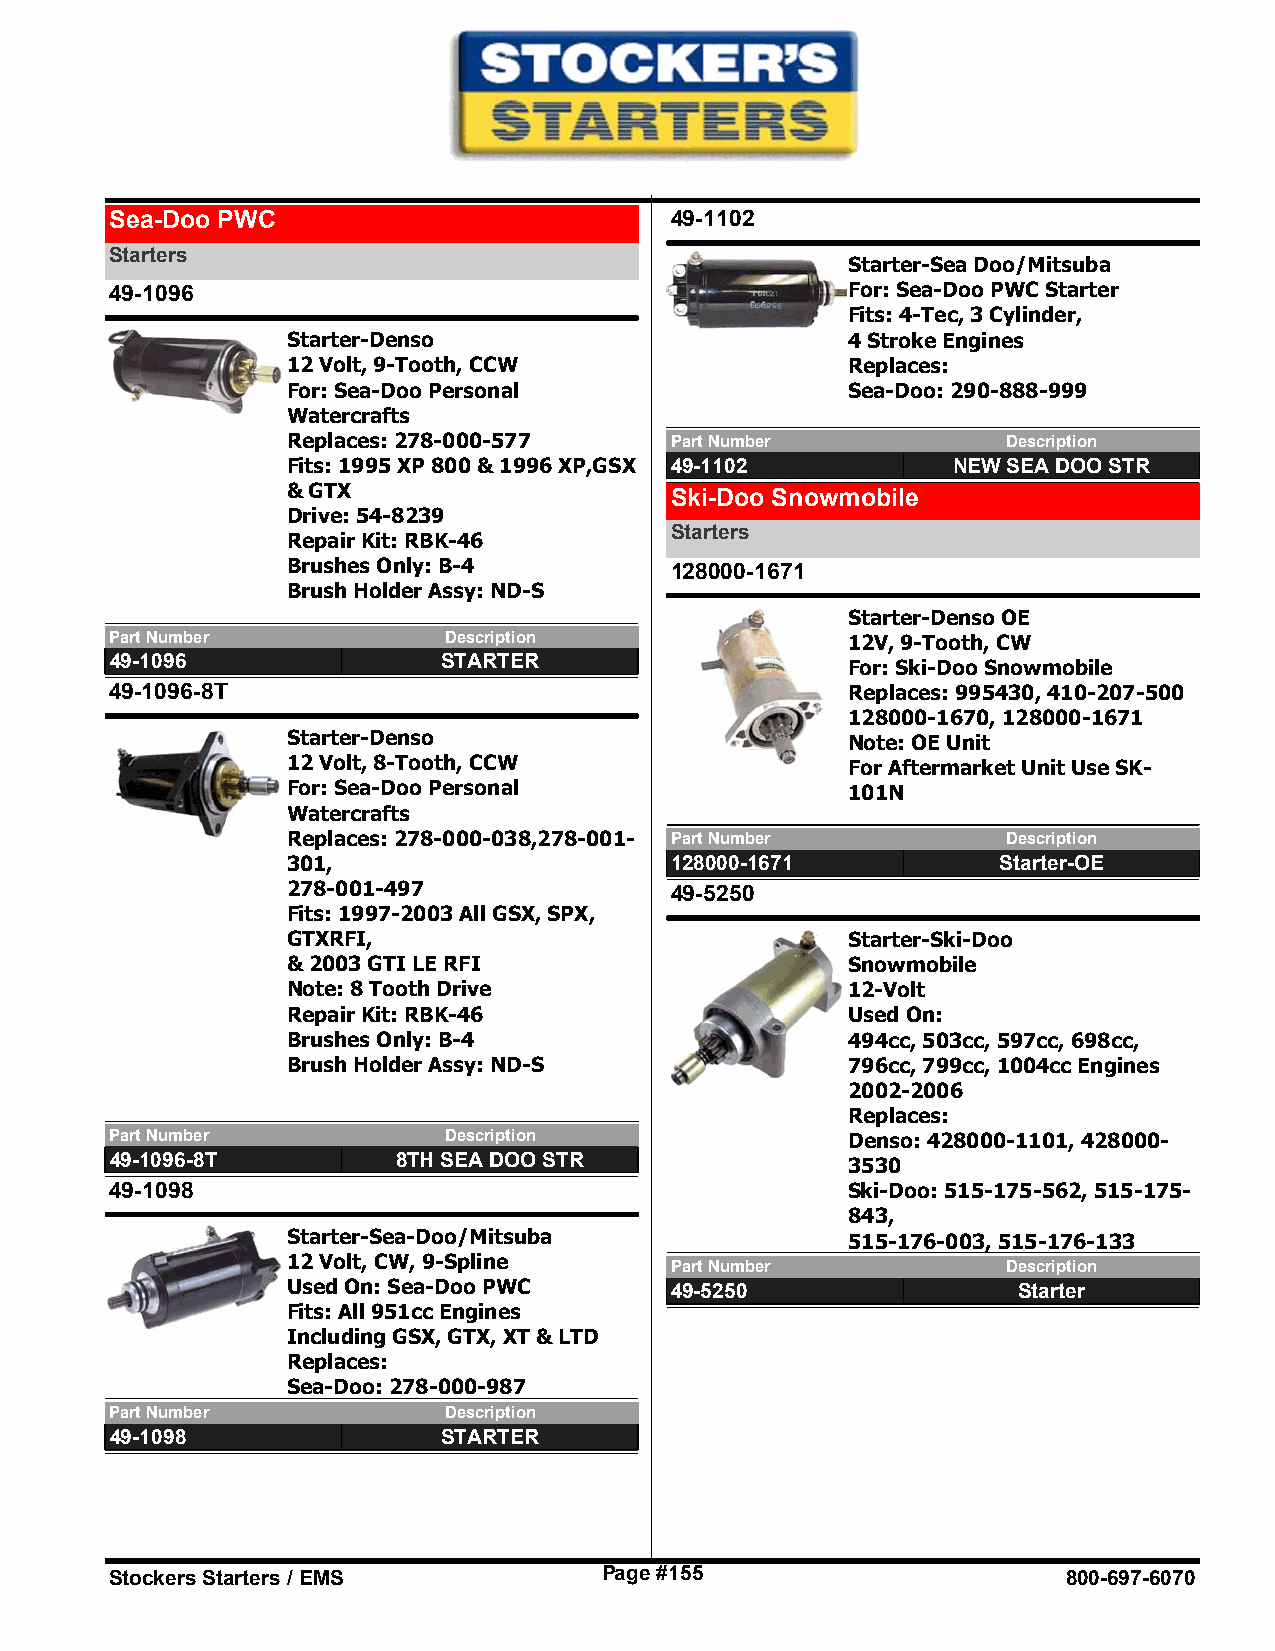
Sea-Doo PWC                          49-1102
 Starters
 Starter-Sea Doo/Mitsuba
 49-1096                                          For: Sea-Doo PWC Starter
 Fits: 4-Tec, 3 Cylinder,
 Starter-Denso                        4 Stroke Engines
 12 Volt, 9-Tooth, CCW                Replaces:
 For: Sea-Doo Personal                Sea-Doo: 290-888-999
 Watercrafts
 Replaces: 278-000-577    Part Number            Description
 Fits: 1995 XP 800 & 1996 XP,GSX 49-1102     NEW SEA DOO STR
 & GTX                    Ski-Doo Snowmobile
 Drive: 54-8239
 Starters
 Repair Kit: RBK-46
 Brushes Only: B-4        128000-1671
 Brush Holder Assy: ND-S
 Starter-Denso OE
 Part Number           Description                12V, 9-Tooth, CW
 49-1096               STARTER                    For: Ski-Doo Snowmobile
 49-1096-8T                                       Replaces: 995430, 410-207-500
 128000-1670, 128000-1671
 Starter-Denso                        Note: OE Unit
 12 Volt, 8-Tooth, CCW                For Aftermarket Unit Use SK-
 For: Sea-Doo Personal                101N
 Watercrafts
 Replaces: 278-000-038,278-001- Part Number      Description
 301,                     128000-1671           Starter-OE
 278-001-497              49-5250
 Fits: 1997-2003 All GSX, SPX,
 GTXRFI,                              Starter-Ski-Doo
 & 2003 GTI LE RFI                    Snowmobile
 Note: 8 Tooth Drive                  12-Volt
 Repair Kit: RBK-46                   Used On:
 Brushes Only: B-4                    494cc, 503cc, 597cc, 698cc,
 Brush Holder Assy: ND-S              796cc, 799cc, 1004cc Engines
 2002-2006
 Replaces:
 Part Number           Description                Denso: 428000-1101, 428000-
 49-1096-8T         8TH SEA DOO STR               3530
 49-1098                                          Ski-Doo: 515-175-562, 515-175-
 843,
 Starter-Sea-Doo/Mitsuba              515-176-003, 515-176-133
 12 Volt, CW, 9-Spline    Part Number            Description
 Used On: Sea-Doo PWC     49-5250                Starter
 Fits: All 951cc Engines
 Including GSX, GTX, XT & LTD
 Replaces:
 Sea-Doo: 278-000-987
 Part Number           Description
 49-1098               STARTER
 Stockers Starters / EMS          Page #155                      800-697-6070